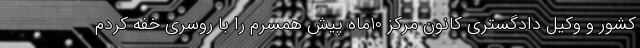
کشور و وکیل دادگستری کانون مرکز 10ماه پیش همسرم را با روسری خفه کردم